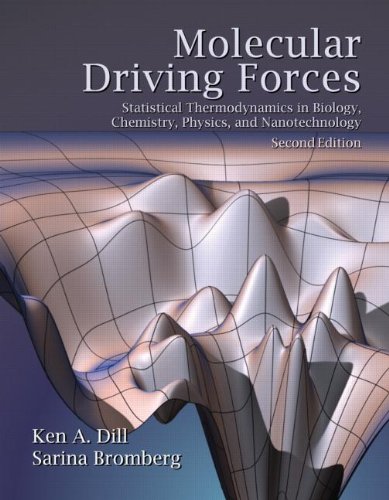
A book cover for Molecular Driving Forces: Statistical Thermodynamics in Biology, Chemistry, Physics, and Nanoscience, 2nd Edition; Ken A. Dill; Medical Books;